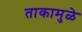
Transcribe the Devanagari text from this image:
ताकामुळे